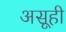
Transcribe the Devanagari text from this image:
असूही